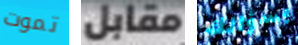
تموت مقابل بسؤالك